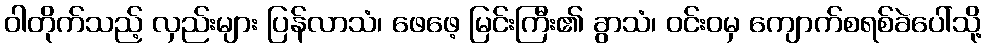
ဝါတိုက်သည့် လှည်းများ ပြန်လာသံ၊ ဖေဖေ့ မြင်းကြီး၏ ခွာသံ၊ ဝင်းဝမှ ကျောက်စရစ်ခဲပေါ်သို့